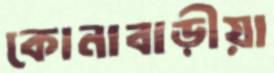
কোনাবাড়ীয়া